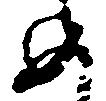
め